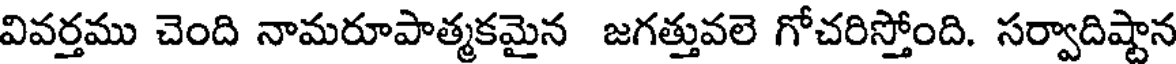
వివర్తము చెంది నామరూపాత్మకమైన జగత్తువలె గోచరిస్తోంది. సర్వాదిష్టాన